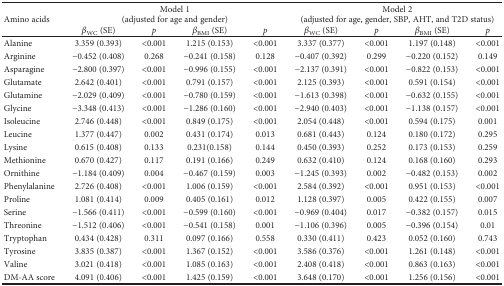
<table><thead><tr><td rowspan="2"><b>Amino acids</b></td><td colspan="4"><b>Model 1 (adjusted for age and gender)</b></td><td colspan="4"><b>Model 2 (adjusted for age, gender, SBP, AHT, and T2D status)</b></td></tr><tr><td><b><i>β</i><sub>WC</sub> (SE)</b></td><td><b><i>p</i></b></td><td><b><i>β</i><sub>BMI</sub> (SE)</b></td><td><b><i>p</i></b></td><td><b><i>β</i><sub>WC</sub> (SE)</b></td><td><b><i>p</i></b></td><td><b><i>β</i><sub>BMI</sub> (SE)</b></td><td><b><i>p</i></b></td></tr></thead><tbody><tr><td>Alanine</td><td>3.359 (0.393)</td><td>&lt;0.001</td><td>1.215 (0.153)</td><td>&lt;0.001</td><td>3.337 (0.377)</td><td>&lt;0.001</td><td>1.197 (0.148)</td><td>&lt;0.001</td></tr><tr><td>Arginine</td><td>−0.452 (0.408)</td><td>0.268</td><td>−0.241 (0.158)</td><td>0.128</td><td>−0.407 (0.392)</td><td>0.299</td><td>−0.220 (0.152)</td><td>0.149</td></tr><tr><td>Asparagine</td><td>−2.800 (0.397)</td><td>&lt;0.001</td><td>−0.996 (0.155)</td><td>&lt;0.001</td><td>−2.137 (0.391)</td><td>&lt;0.001</td><td>−0.822 (0.153)</td><td>&lt;0.001</td></tr><tr><td>Glutamate</td><td>2.642 (0.401)</td><td>&lt;0.001</td><td>0.791 (0.157)</td><td>&lt;0.001</td><td>2.125 (0.393)</td><td>&lt;0.001</td><td>0.591 (0.154)</td><td>&lt;0.001</td></tr><tr><td>Glutamine</td><td>−2.029 (0.409)</td><td>&lt;0.001</td><td>−0.780 (0.159)</td><td>&lt;0.001</td><td>−1.613 (0.398)</td><td>&lt;0.001</td><td>−0.632 (0.155)</td><td>&lt;0.001</td></tr><tr><td>Glycine</td><td>−3.348 (0.413)</td><td>&lt;0.001</td><td>−1.286 (0.160)</td><td>&lt;0.001</td><td>−2.940 (0.403)</td><td>&lt;0.001</td><td>−1.138 (0.157)</td><td>&lt;0.001</td></tr><tr><td>Isoleucine</td><td>2.746 (0.448)</td><td>&lt;0.001</td><td>0.849 (0.175)</td><td>&lt;0.001</td><td>2.054 (0.448)</td><td>&lt;0.001</td><td>0.594 (0.175)</td><td>0.001</td></tr><tr><td>Leucine</td><td>1.377 (0.447)</td><td>0.002</td><td>0.431 (0.174)</td><td>0.013</td><td>0.681 (0.443)</td><td>0.124</td><td>0.180 (0.172)</td><td>0.295</td></tr><tr><td>Lysine</td><td>0.615 (0.408)</td><td>0.133</td><td>0.231(0.158)</td><td>0.144</td><td>0.450 (0.393)</td><td>0.252</td><td>0.173 (0.153)</td><td>0.259</td></tr><tr><td>Methionine</td><td>0.670 (0.427)</td><td>0.117</td><td>0.191 (0.166)</td><td>0.249</td><td>0.632 (0.410)</td><td>0.124</td><td>0.168 (0.160)</td><td>0.293</td></tr><tr><td>Ornithine</td><td>−1.184 (0.409)</td><td>0.004</td><td>−0.467 (0.159)</td><td>0.003</td><td>−1.245 (0.393)</td><td>0.002</td><td>−0.482 (0.153)</td><td>0.002</td></tr><tr><td>Phenylalanine</td><td>2.726 (0.408)</td><td>&lt;0.001</td><td>1.006 (0.159)</td><td>&lt;0.001</td><td>2.584 (0.392)</td><td>&lt;0.001</td><td>0.951 (0.153)</td><td>&lt;0.001</td></tr><tr><td>Proline</td><td>1.081 (0.414)</td><td>0.009</td><td>0.405 (0.161)</td><td>0.012</td><td>1.128 (0.397)</td><td>0.005</td><td>0.422 (0.155)</td><td>0.007</td></tr><tr><td>Serine</td><td>−1.566 (0.411)</td><td>&lt;0.001</td><td>−0.599 (0.160)</td><td>&lt;0.001</td><td>−0.969 (0.404)</td><td>0.017</td><td>−0.382 (0.157)</td><td>0.015</td></tr><tr><td>Threonine</td><td>−1.512 (0.406)</td><td>&lt;0.001</td><td>−0.541 (0.158)</td><td>0.001</td><td>−1.106 (0.396)</td><td>0.005</td><td>−0.396 (0.154)</td><td>0.01</td></tr><tr><td>Tryptophan</td><td>0.434 (0.428)</td><td>0.311</td><td>0.097 (0.166)</td><td>0.558</td><td>0.330 (0.411)</td><td>0.423</td><td>0.052 (0.160)</td><td>0.743</td></tr><tr><td>Tyrosine</td><td>3.835 (0.387)</td><td>&lt;0.001</td><td>1.367 (0.152)</td><td>&lt;0.001</td><td>3.586 (0.376)</td><td>&lt;0.001</td><td>1.261 (0.148)</td><td>&lt;0.001</td></tr><tr><td>Valine</td><td>3.021 (0.418)</td><td>&lt;0.001</td><td>1.085 (0.163)</td><td>&lt;0.001</td><td>2.408 (0.418)</td><td>&lt;0.001</td><td>0.863 (0.163)</td><td>&lt;0.001</td></tr><tr><td>DM-AA score</td><td>4.091 (0.406)</td><td>&lt;0.001</td><td>1.425 (0.159)</td><td>&lt;0.001</td><td>3.648 (0.170)</td><td>&lt;0.001</td><td>1.256 (0.156)</td><td>&lt;0.001</td></tr></tbody></table>